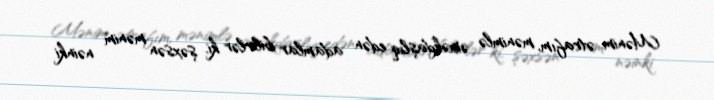
Mənim ətrafım, mənimlə əməkdaşlıq edən adamlar bilirlər ki, şəxsən mənim nəinki